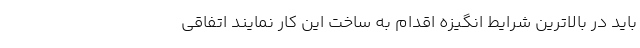
باید در بالاترین شرایط انگیزه اقدام به ساخت این کار نمایند اتفاقی